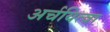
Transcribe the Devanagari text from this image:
अर्चयित्वा